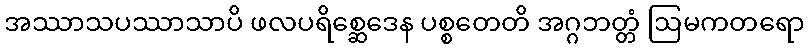
အဿာသပဿာသာပိ ဖလပရိစ္ဆေဒေန ပစ္စတေတိ အဂ္ဂဘတ္တံ ဩမကတရော